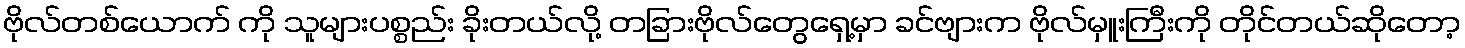
ဗိုလ်တစ်ယောက် ကို သူများပစ္စည်း ခိုးတယ်လို့ တခြားဗိုလ်တွေရှေ့မှာ ခင်ဗျားက ဗိုလ်မှူးကြီးကို တိုင်တယ်ဆိုတော့